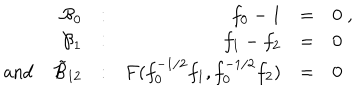
\begin{array} { r r r l l } { { { \cal B } _ { 0 } } } & { { : } } & { { f _ { 0 } - 1 } } & { { = } } & { { 0 \; , } } \\ { { { \cal B } _ { 1 } } } & { { : } } & { { f _ { 1 } - f _ { 2 } } } & { { = } } & { { 0 } } \\ { { \mathrm { ~ a n d ~ } \tilde { \cal B } _ { 1 2 } } } & { { : } } & { { F ( f _ { 0 } ^ { - 1 / 2 } f _ { 1 } , f _ { 0 } ^ { - 1 / 2 } f _ { 2 } ) } } & { { = } } & { { 0 } } \\ \end{array}